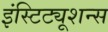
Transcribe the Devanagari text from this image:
इंस्टिट्यूशन्स